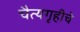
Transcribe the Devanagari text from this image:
चैत्यगृहीचे